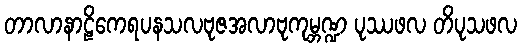
တာလာနာဠိကေရပနသလဗုဇအလာဗုကုမ္ဘဏ္ဍ ပုဿဖလ တိပုသဖလ